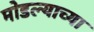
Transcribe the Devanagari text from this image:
मोडल्याच्या